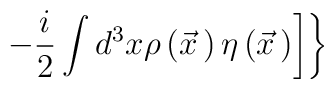
\left.\left.-\frac{i}{2}\int d^3x\rho\left(\vec x{\,}\right)\eta\left(\vec x{\,}\right)\right]\right\}